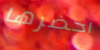
احضرها